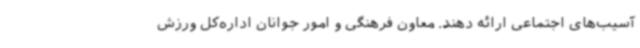
آسیب‌های اجتماعی ارائه دهند. معاون فرهنگی و امور جوانان اداره‌کل ورزش